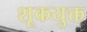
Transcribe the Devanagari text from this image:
शूकयुक्त